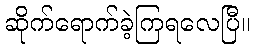
ဆိုက်ရောက်ခဲ့ကြရလေပြီ။